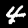
Digit: 4